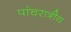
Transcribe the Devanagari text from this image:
पांचरात्रीय